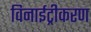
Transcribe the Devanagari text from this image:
विनाईट्रीकरण